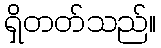
ရှိတတ်သည်။